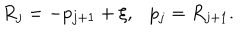
R _ { j } = - p _ { j + 1 } + \xi , p _ { j } = R _ { j + 1 } .